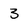
Character: 3